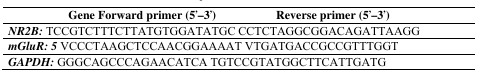
<table><thead><tr><td><b>Gene Forward primer (5′–3′)</b></td><td><b>Reverse primer (5′–3′)</b></td></tr></thead><tbody><tr><td colspan="2"><b><i>NR2B:</i></b> TCCGTCTTTCTTATGTGGATATGC CCTCTAGGCGGACAGATTAAGG</td></tr><tr><td colspan="2"><b><i>mGluR: 5</i></b> VCCCTAAGCTCCAACGGAAAAT VTGATGACCGCCGTTTGGT</td></tr><tr><td colspan="2"><b><i>GAPDH:</i></b> GGGCAGCCCAGAACATCA TGTCCGTATGGCTTCATTGATG</td></tr></tbody></table>